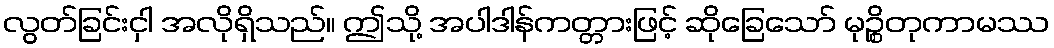
လွတ်ခြင်းငှါ အလိုရှိသည်။ ဤသို့ အပါဒါန်ကတ္တားဖြင့် ဆိုခြေသော် မုဉ္စိတုကာမဿ